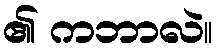
၏ ကဘာလဲ။